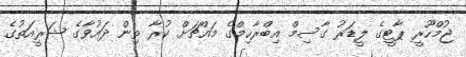
ޖުމްހޫރީ ޕާޓީގެ ލީޑަރު ގާސިމް އިބްރާހިމްގެ މައްޗަށް ކުރާ ތިން ދައުވާގެ ޝަރީއަތުގެ